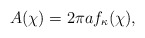
\begin{align*} A(\chi) = 2 \pi a f_{\kappa}(\chi),\end{align*}